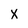
Character: x